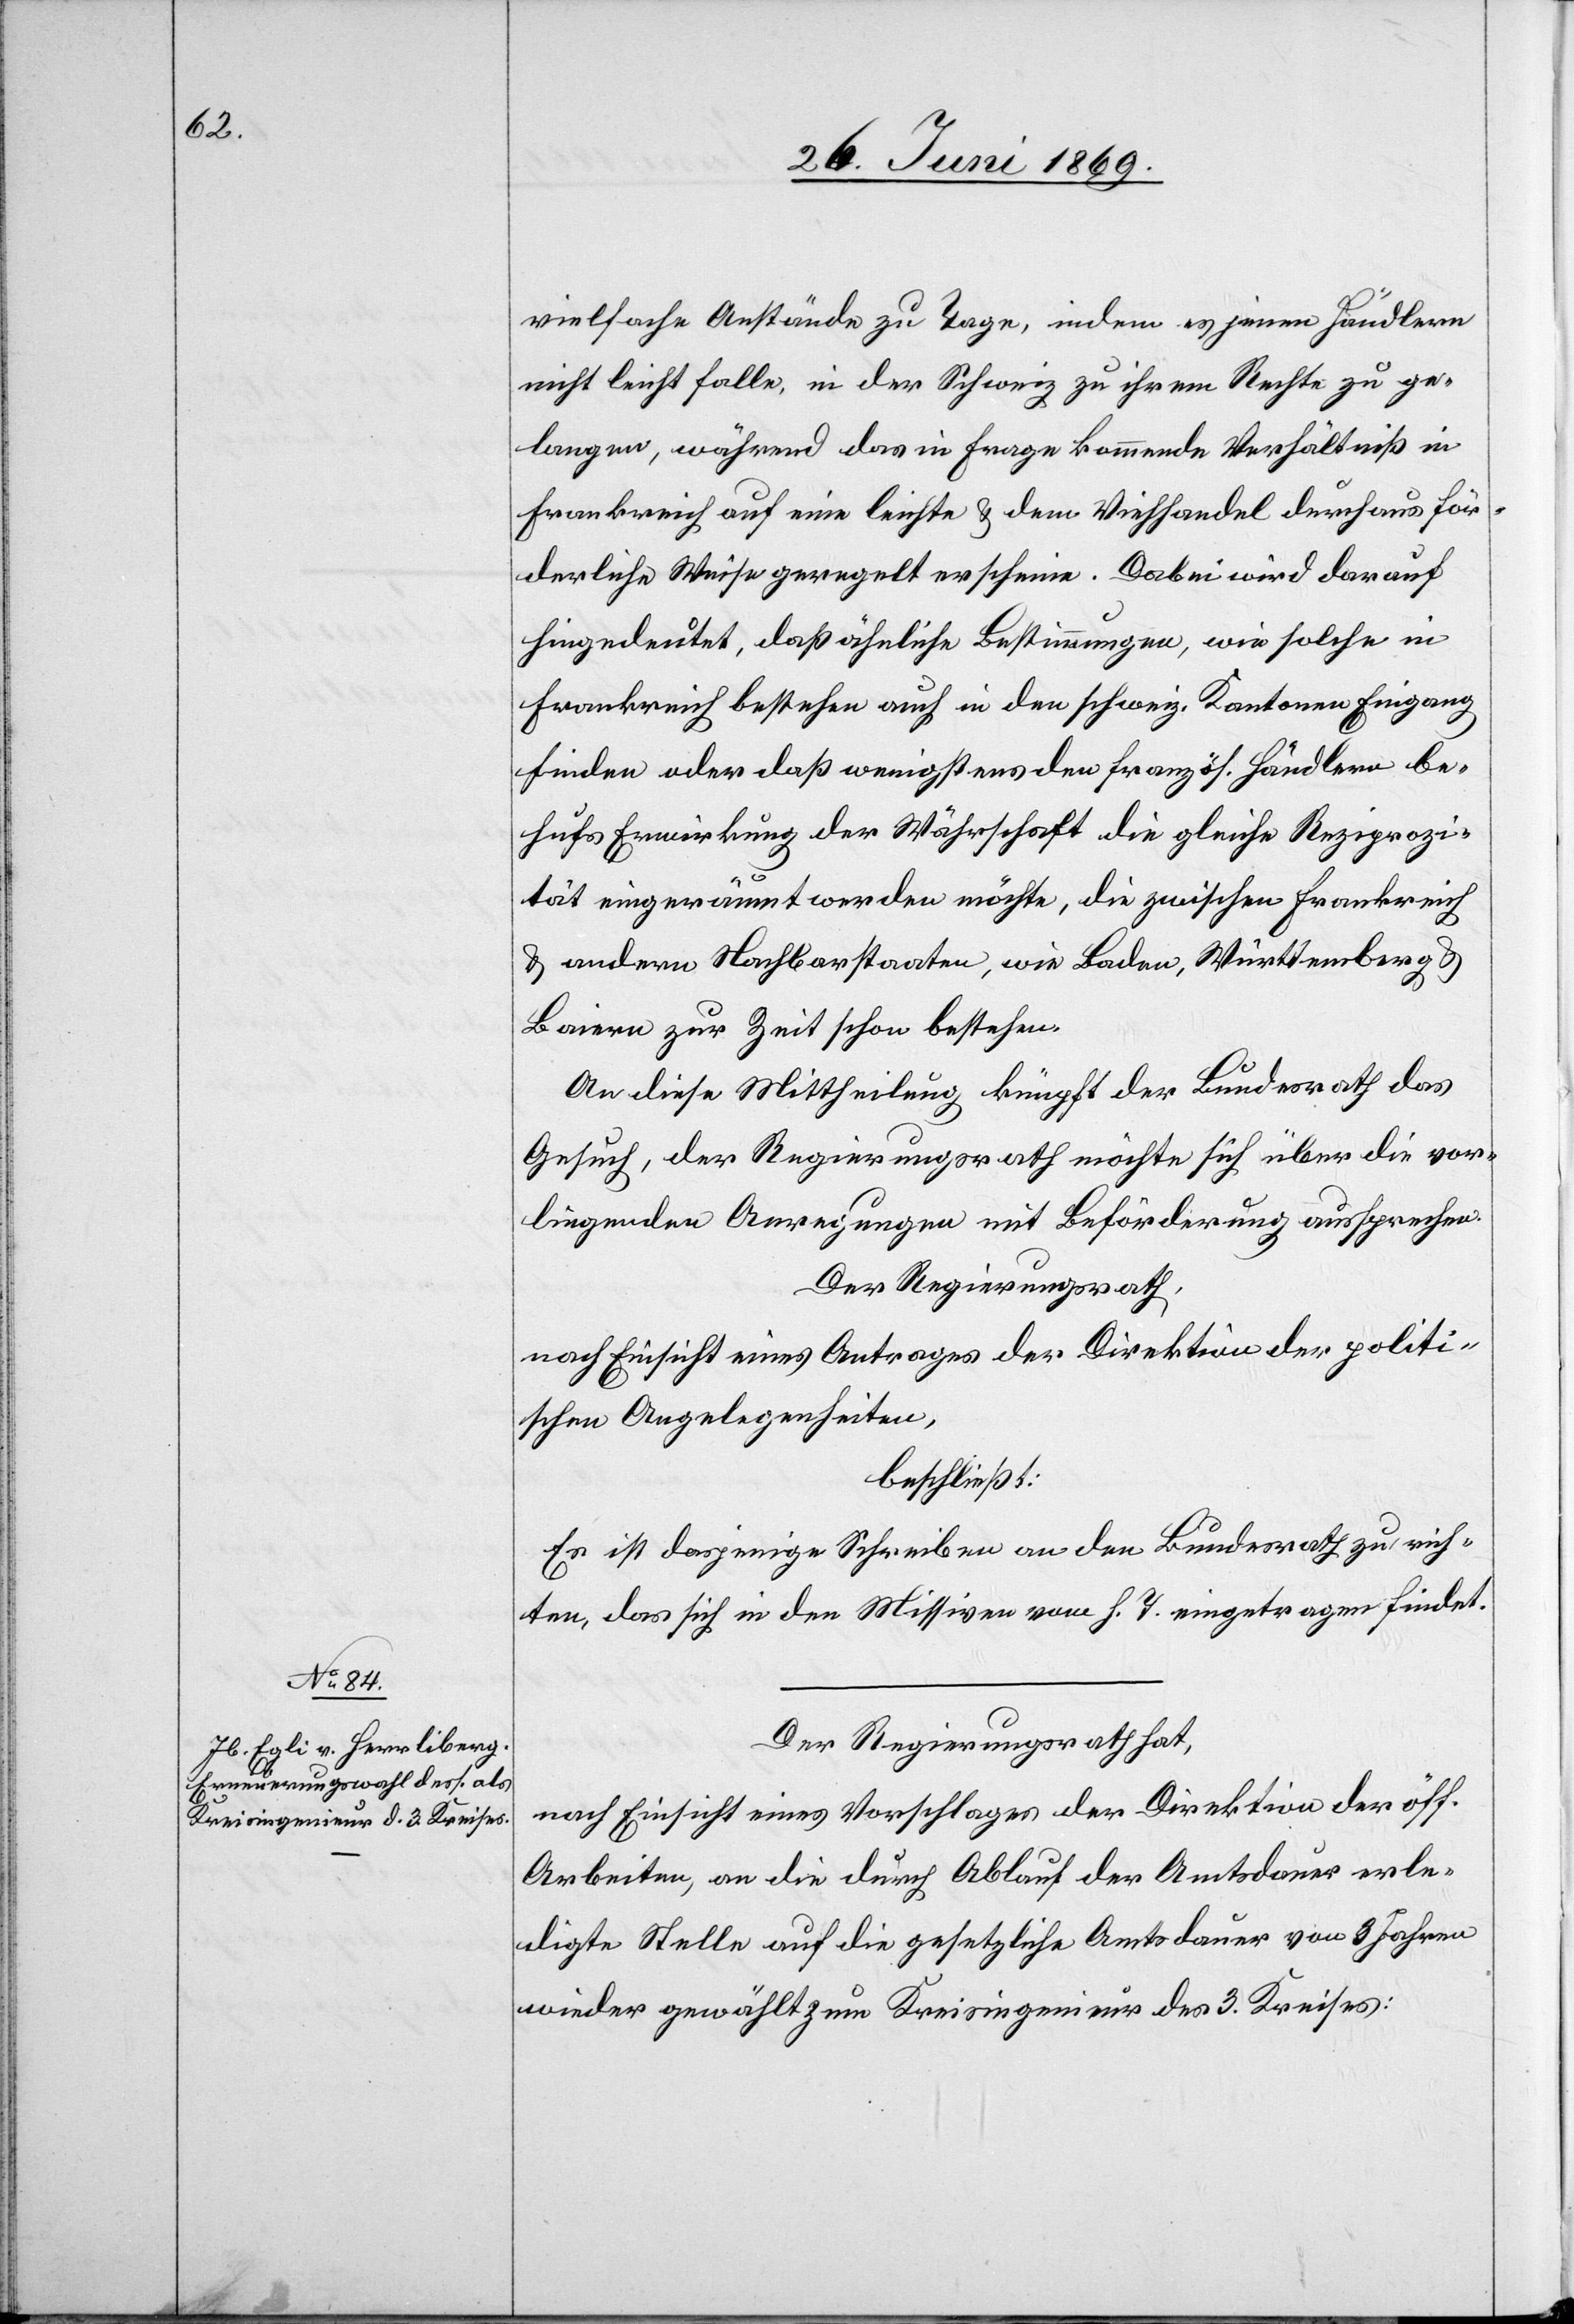
vielfache Anstände zu Tage, indem es jenen Händlern
nicht leicht falle, in der Schweiz zu ihrem Rechte zu ge¬
langen, während das in Frage kommende Verhältniß in
Frankreich auf eine leichte u. dem Viehhandel durchaus för¬
derliche Weise geregelt erscheine. Dabei wird darauf
hingedeutet, daß ähnliche Bestimmungen, wie solche in
Frankreich bestehen auch in den schweiz. Kantonen Eingang
finden oder daß wenigstens den französ. Händlern be¬
hufs Einwirkung der Währschaft die gleiche Reziprozi¬
tät eingeräumt werden möchte, die zwischen Frankreich
u. andern Nachbarstaaten, wie Baden, Württemberg u.
Baiern zur Zeit schon bestehen.
An diese Mittheilung knüpft der Bundesrath das
Gesuch, der Regierungsrath möchte sich über die vor¬
liegenden Anregungen mit Beförderung aussprechen.
Der Regierungsrath,
nach Einsicht eines Antrages der Direktion der politi¬
schen Angelegenheiten,
beschließt:
Es ist dasjenige Schreiben an den Bundesrath zu rich¬
ten, das sich in den Missiven vom h. T. eingetragen findet.
Der Regierungsrath hat,
nach Einsicht eines Vorschlages der Direktion der öff.
Arbeiten, an die durch Ablauf der Amtsdauer erle¬
digte Stelle auf die gesetzliche Amtsdauer von 3 Jahren
wieder gewählt zum Kreisingenieur des 3. Kreises: